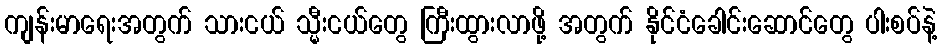
ကျန်းမာရေးအတွက် သားငယ် သ္မီးငယ်တွေ ကြီးထွားလာဖို့ အတွက် နိုင်ငံခေါင်းဆောင်တွေ ပါးစပ်နဲ့